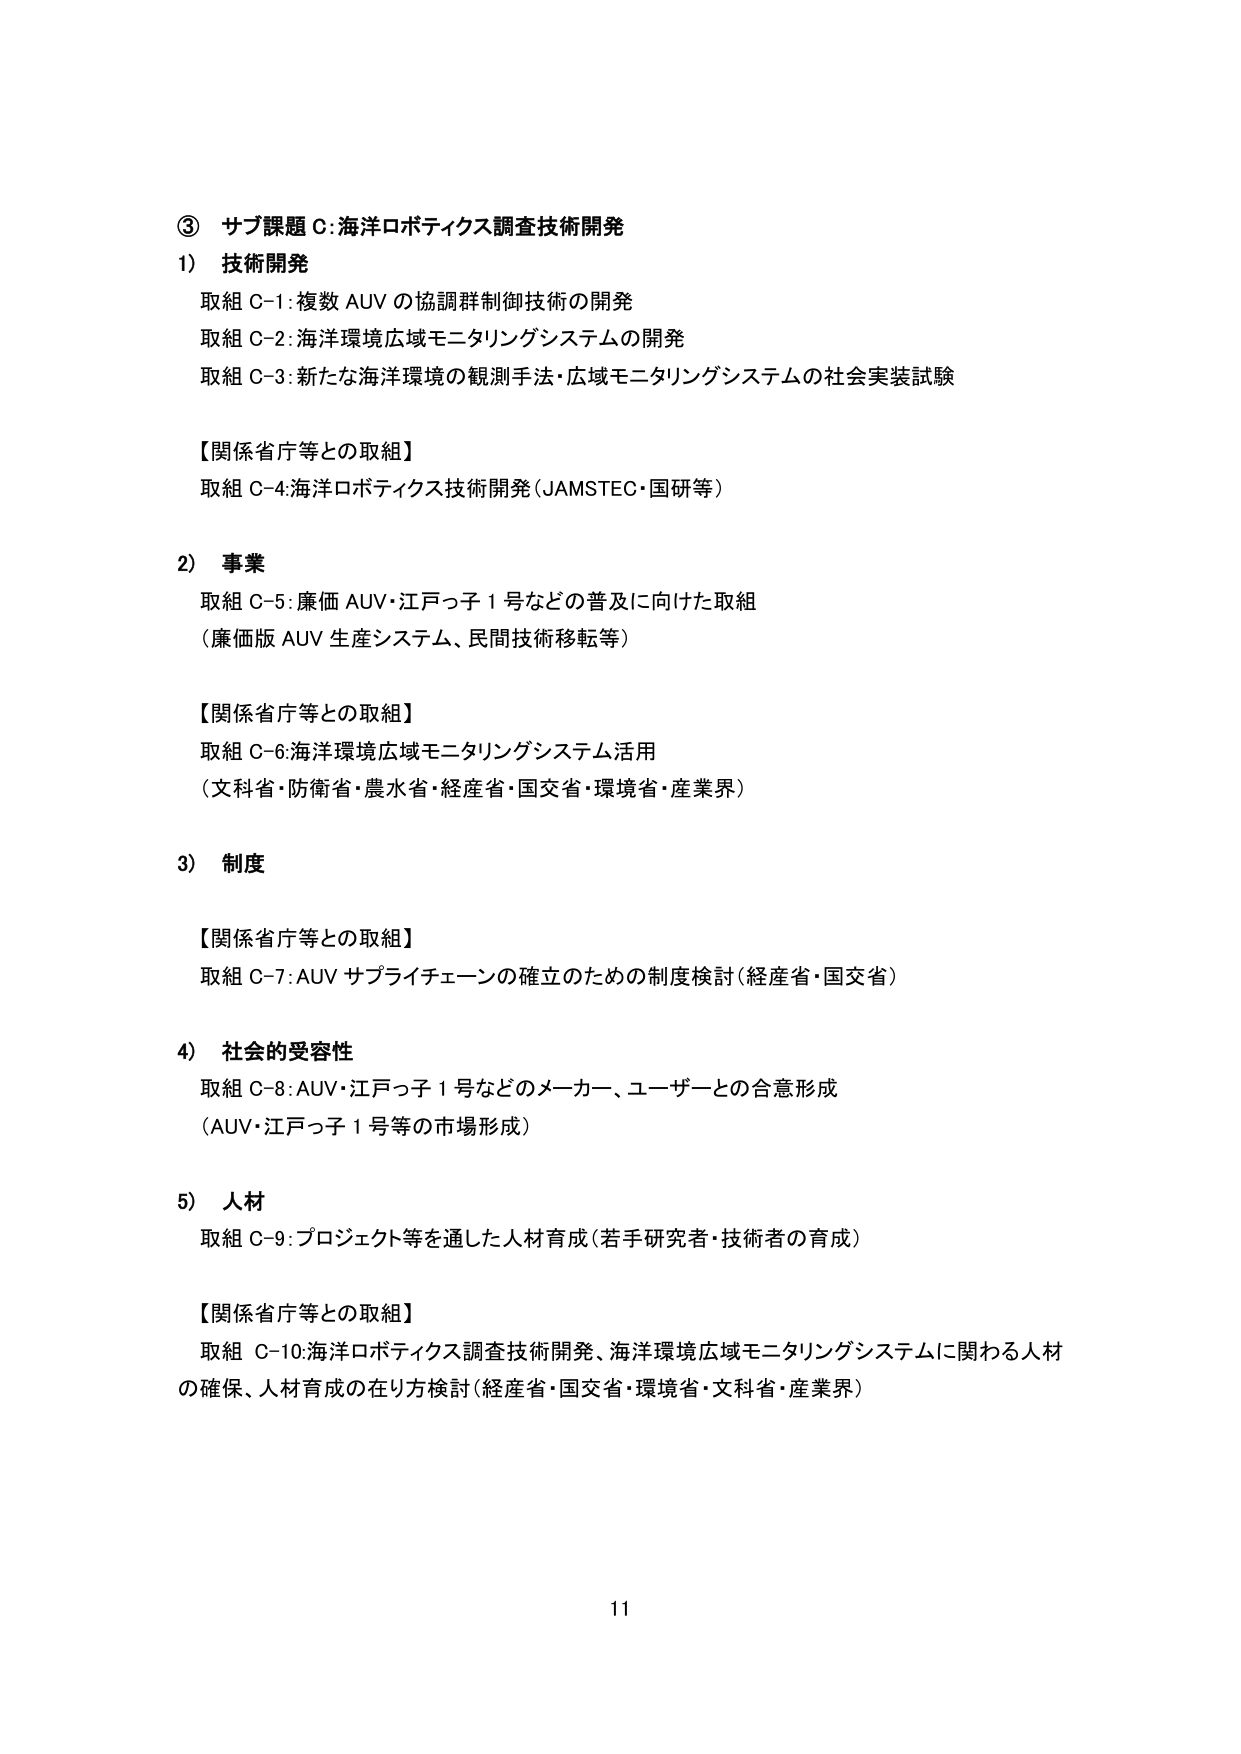
③ サブ課題C:海洋ロボティクス調査技術開発
1) 技術開発
取組 C-1:複数 AUV の協調群制御技術の開発
取組 C-2:海洋環境広域モニタリングシステムの開発
取組 C-3:新たな海洋環境の観測手法・広域モニタリングシステムの社会実装試験

【関係省庁等との取組】
取組 C-4:海洋ロボティクス技術開発（JAMSTEC・国研等）

2) 事業
取組 C-5:廉価 AUV・江戸っ子1号などの普及に向けた取組
（廉価版 AUV 生産システム、民間技術移転等）

【関係省庁等との取組】
取組 C-6:海洋環境広域モニタリングシステム活用
（文科省・防衛省・農水省・経産省・国交省・環境省・産業界）

3) 制度
【関係省庁等との取組】
取組 C-7:AUV サプライチェーンの確立のための制度検討（経産省・国交省）

4) 社会的受容性
取組 C-8:AUV・江戸っ子1号などのメーカー、ユーザーとの合意形成
（AUV・江戸っ子1号等の市場形成）

5) 人材
取組 C-9:プロジェクト等を通した人材育成（若手研究者・技術者の育成）

【関係省庁等との取組】
取組 C-10:海洋ロボティクス調査技術開発、海洋環境広域モニタリングシステムに関わる人材の確保、人材育成の在り方検討（経産省・国交省・環境省・文科省・産業界）

11